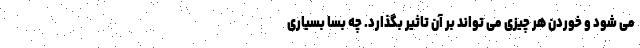
می شود و خوردن هر چیزی می تواند بر آن تاثیر بگذارد. چه بسا بسیاری